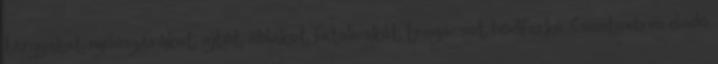
tárgyakat, nyílászárókat, ajtót, ablakot, fatalicskát, tragacsot, hódfarkú. Csantavéren eladó